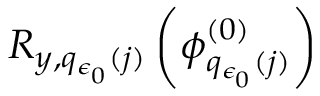
R _ { y , q _ { \epsilon _ { 0 } } ( j ) } \left( \phi _ { q _ { \epsilon _ { 0 } } ( j ) } ^ { ( 0 ) } \right)